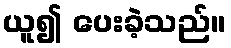
ယူ၍ ပေးခဲ့သည်။